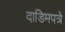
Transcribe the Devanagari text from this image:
दाडिमपत्रे